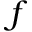
f